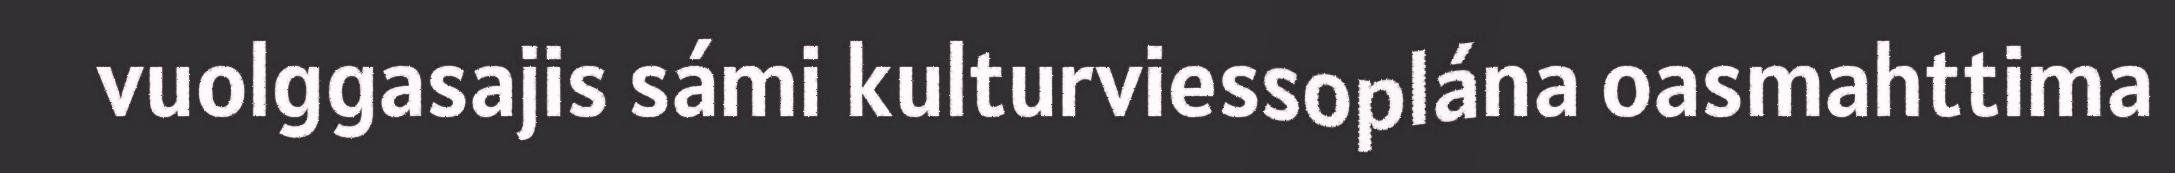
vuolggasajis sámi kulturviessoplána oasmahttima